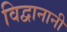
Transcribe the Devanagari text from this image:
विद्वानानी